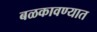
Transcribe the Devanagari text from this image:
बळकावण्यात